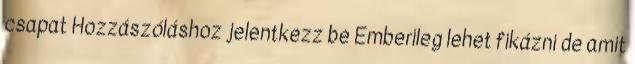
csapat Hozzászóláshoz jelentkezz be Emberileg lehet fikázni de amit